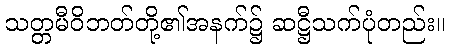
သတ္တမီဝိဘတ်တို့၏အနက်၌ ဆဋ္ဌီသက်ပုံတည်း။